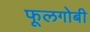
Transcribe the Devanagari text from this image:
फूलगोबी